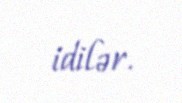
idilər.